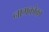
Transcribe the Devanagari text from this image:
नामकोका